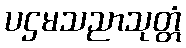
ပဌမသညာသုတ္တံ